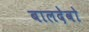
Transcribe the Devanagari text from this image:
बालदेवो